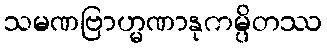
သမဏဗြာဟ္မဏာနုကမ္ပိတဿ